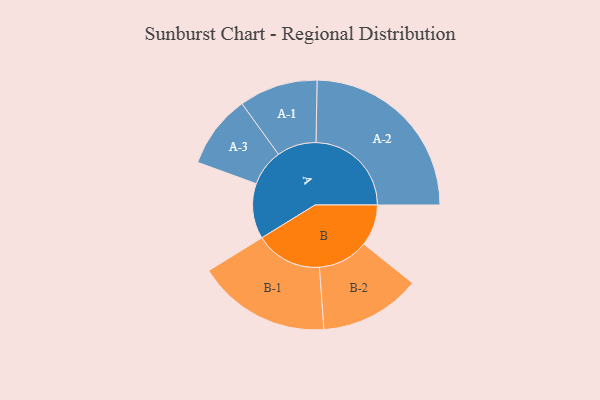
{"axis": {"x": "Segment", "y": "Value"}, "legend": ["", "A", "B"], "data": [{"x": "A", "y": 163, "type": ""}, {"x": "B", "y": 122, "type": ""}, {"x": "A-1", "y": 116, "type": "A"}, {"x": "A-2", "y": 281, "type": "A"}, {"x": "A-3", "y": 108, "type": "A"}, {"x": "B-1", "y": 197, "type": "B"}, {"x": "B-2", "y": 149, "type": "B"}]}